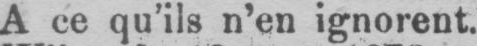
A ce qu’ils n’en ignorent.